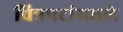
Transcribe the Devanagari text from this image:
चित्रपटांमधले